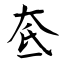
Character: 奃